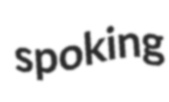
spoking